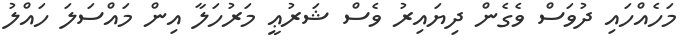
މަހެއްހައި ދުވަސް ވެގެން ދިޔައިރު ވެސް ޝަރުޢީ މަރުހަލާ އިން މައްސަލަ ހައްލު